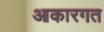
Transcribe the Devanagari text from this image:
आकारगत